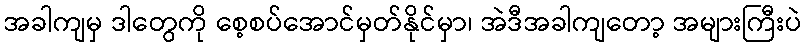
အခါကျမှ ဒါတွေကို စေ့စပ်အောင်မှတ်နိုင်မှာ၊ အဲဒီအခါကျတော့ အများကြီးပဲ